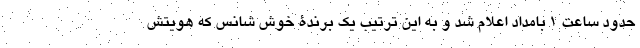
حدود ساعت ۱ بامداد اعلام شد و به این ترتیب یک برندۀ خوش شانس که هویتش